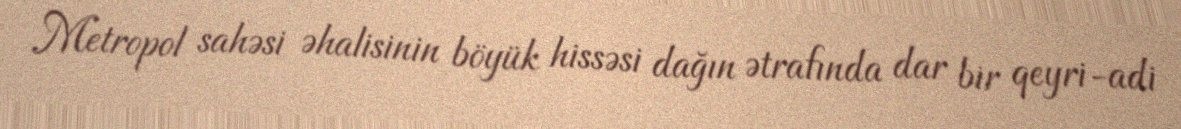
Metropol sahəsi əhalisinin böyük hissəsi dağın ətrafında dar bir qeyri-adi